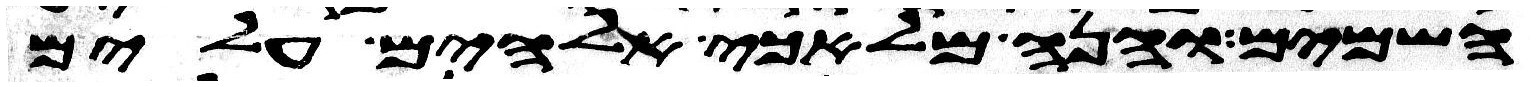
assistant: השמים והנה מלאכי אלהים עלים